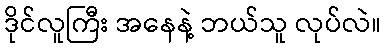
ဒိုင်လူကြီး အနေနဲ့ ဘယ်သူ လုပ်လဲ။